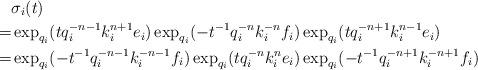
\begin{align*}&\sigma_i(t)\\=&\exp_{q_i}(tq_i^{-n-1}k_i^{n+1}e_i)\exp_{q_i}(-t^{-1}q_i^{-n}k_i^{-n}f_i)\exp_{q_i}(tq_i^{-n+1}k_i^{n-1}e_i)\\=&\exp_{q_i}(-t^{-1}q_i^{-n-1}k_i^{-n-1}f_i)\exp_{q_i}(tq_i^{-n}k_i^{n}e_i)\exp_{q_i}(-t^{-1}q_i^{-n+1}k_i^{-n+1}f_i)\end{align*}